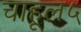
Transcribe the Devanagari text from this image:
चाहूल५